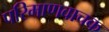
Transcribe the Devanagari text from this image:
परिमाणवाचक